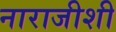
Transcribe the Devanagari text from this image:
नाराजीशी